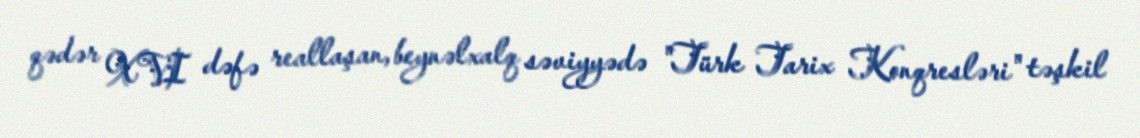
qədər XVI dəfə reallaşan, beynəlxalq səviyyədə "Türk Tarix Konqresləri" təşkil